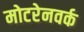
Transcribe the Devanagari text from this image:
मोटरेनवर्क